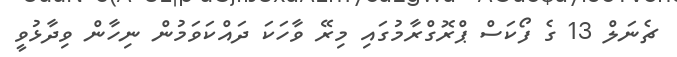
ޗެނަލް 13 ގެ ފޯކަސް ޕްރޮގްރާމުގައި މިރޭ ވާހަކަ ދައްކަވަމުން ނިހާން ވިދާޅުވީ